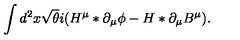
\int d ^ { 2 } x \sqrt { \theta } i ( H ^ { \mu } \ast \partial _ { \mu } \phi - H \ast \partial _ { \mu } B ^ { \mu } ) .